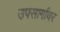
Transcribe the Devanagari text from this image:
उपसार्गावर